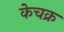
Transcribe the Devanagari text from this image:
केचक्र